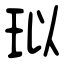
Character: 𤤳